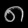
Digit: ၈